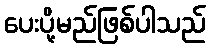
ပေးပို့မည်ဖြစ်ပါသည်